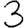
Digit: 3